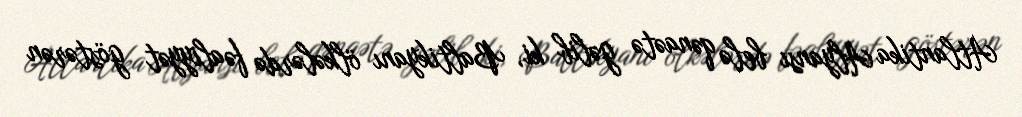
Atlantika Alyansı belə qənaətə gəlib ki, Baltikyanı ölkələrdə fəaliyyət göstərən